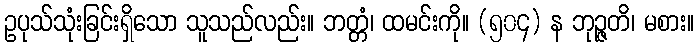
ဥပုသ်သုံးခြင်းရှိသော သူသည်လည်း။ ဘတ္တံ၊ ထမင်းကို။ (၅၀၄) န ဘုဉ္ဇတိ၊ မစား။